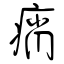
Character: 痟